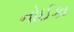
નોઈકા